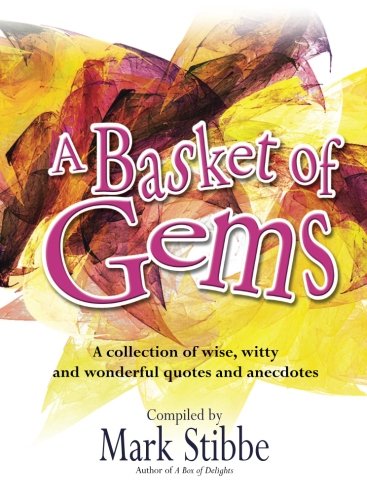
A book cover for A Basket of Gems: A Collection of Wise, Witty and Wonderful Quotes and Anecdotes; Rev. Mark Stibbe; Christian Books & Bibles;